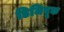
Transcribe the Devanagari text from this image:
डिजिबूक